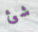
شئ